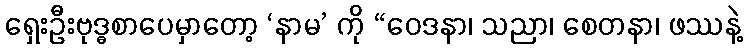
ရှေးဦးဗုဒ္ဓစာပေမှာတော့ ‘နာမ’ ကို “ဝေဒနာ၊ သညာ၊ စေတနာ၊ ဖဿနဲ့